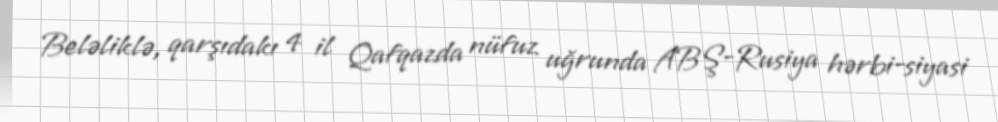
Beləliklə, qarşıdakı 4 il Qafqazda nüfuz uğrunda ABŞ-Rusiya hərbi-siyasi